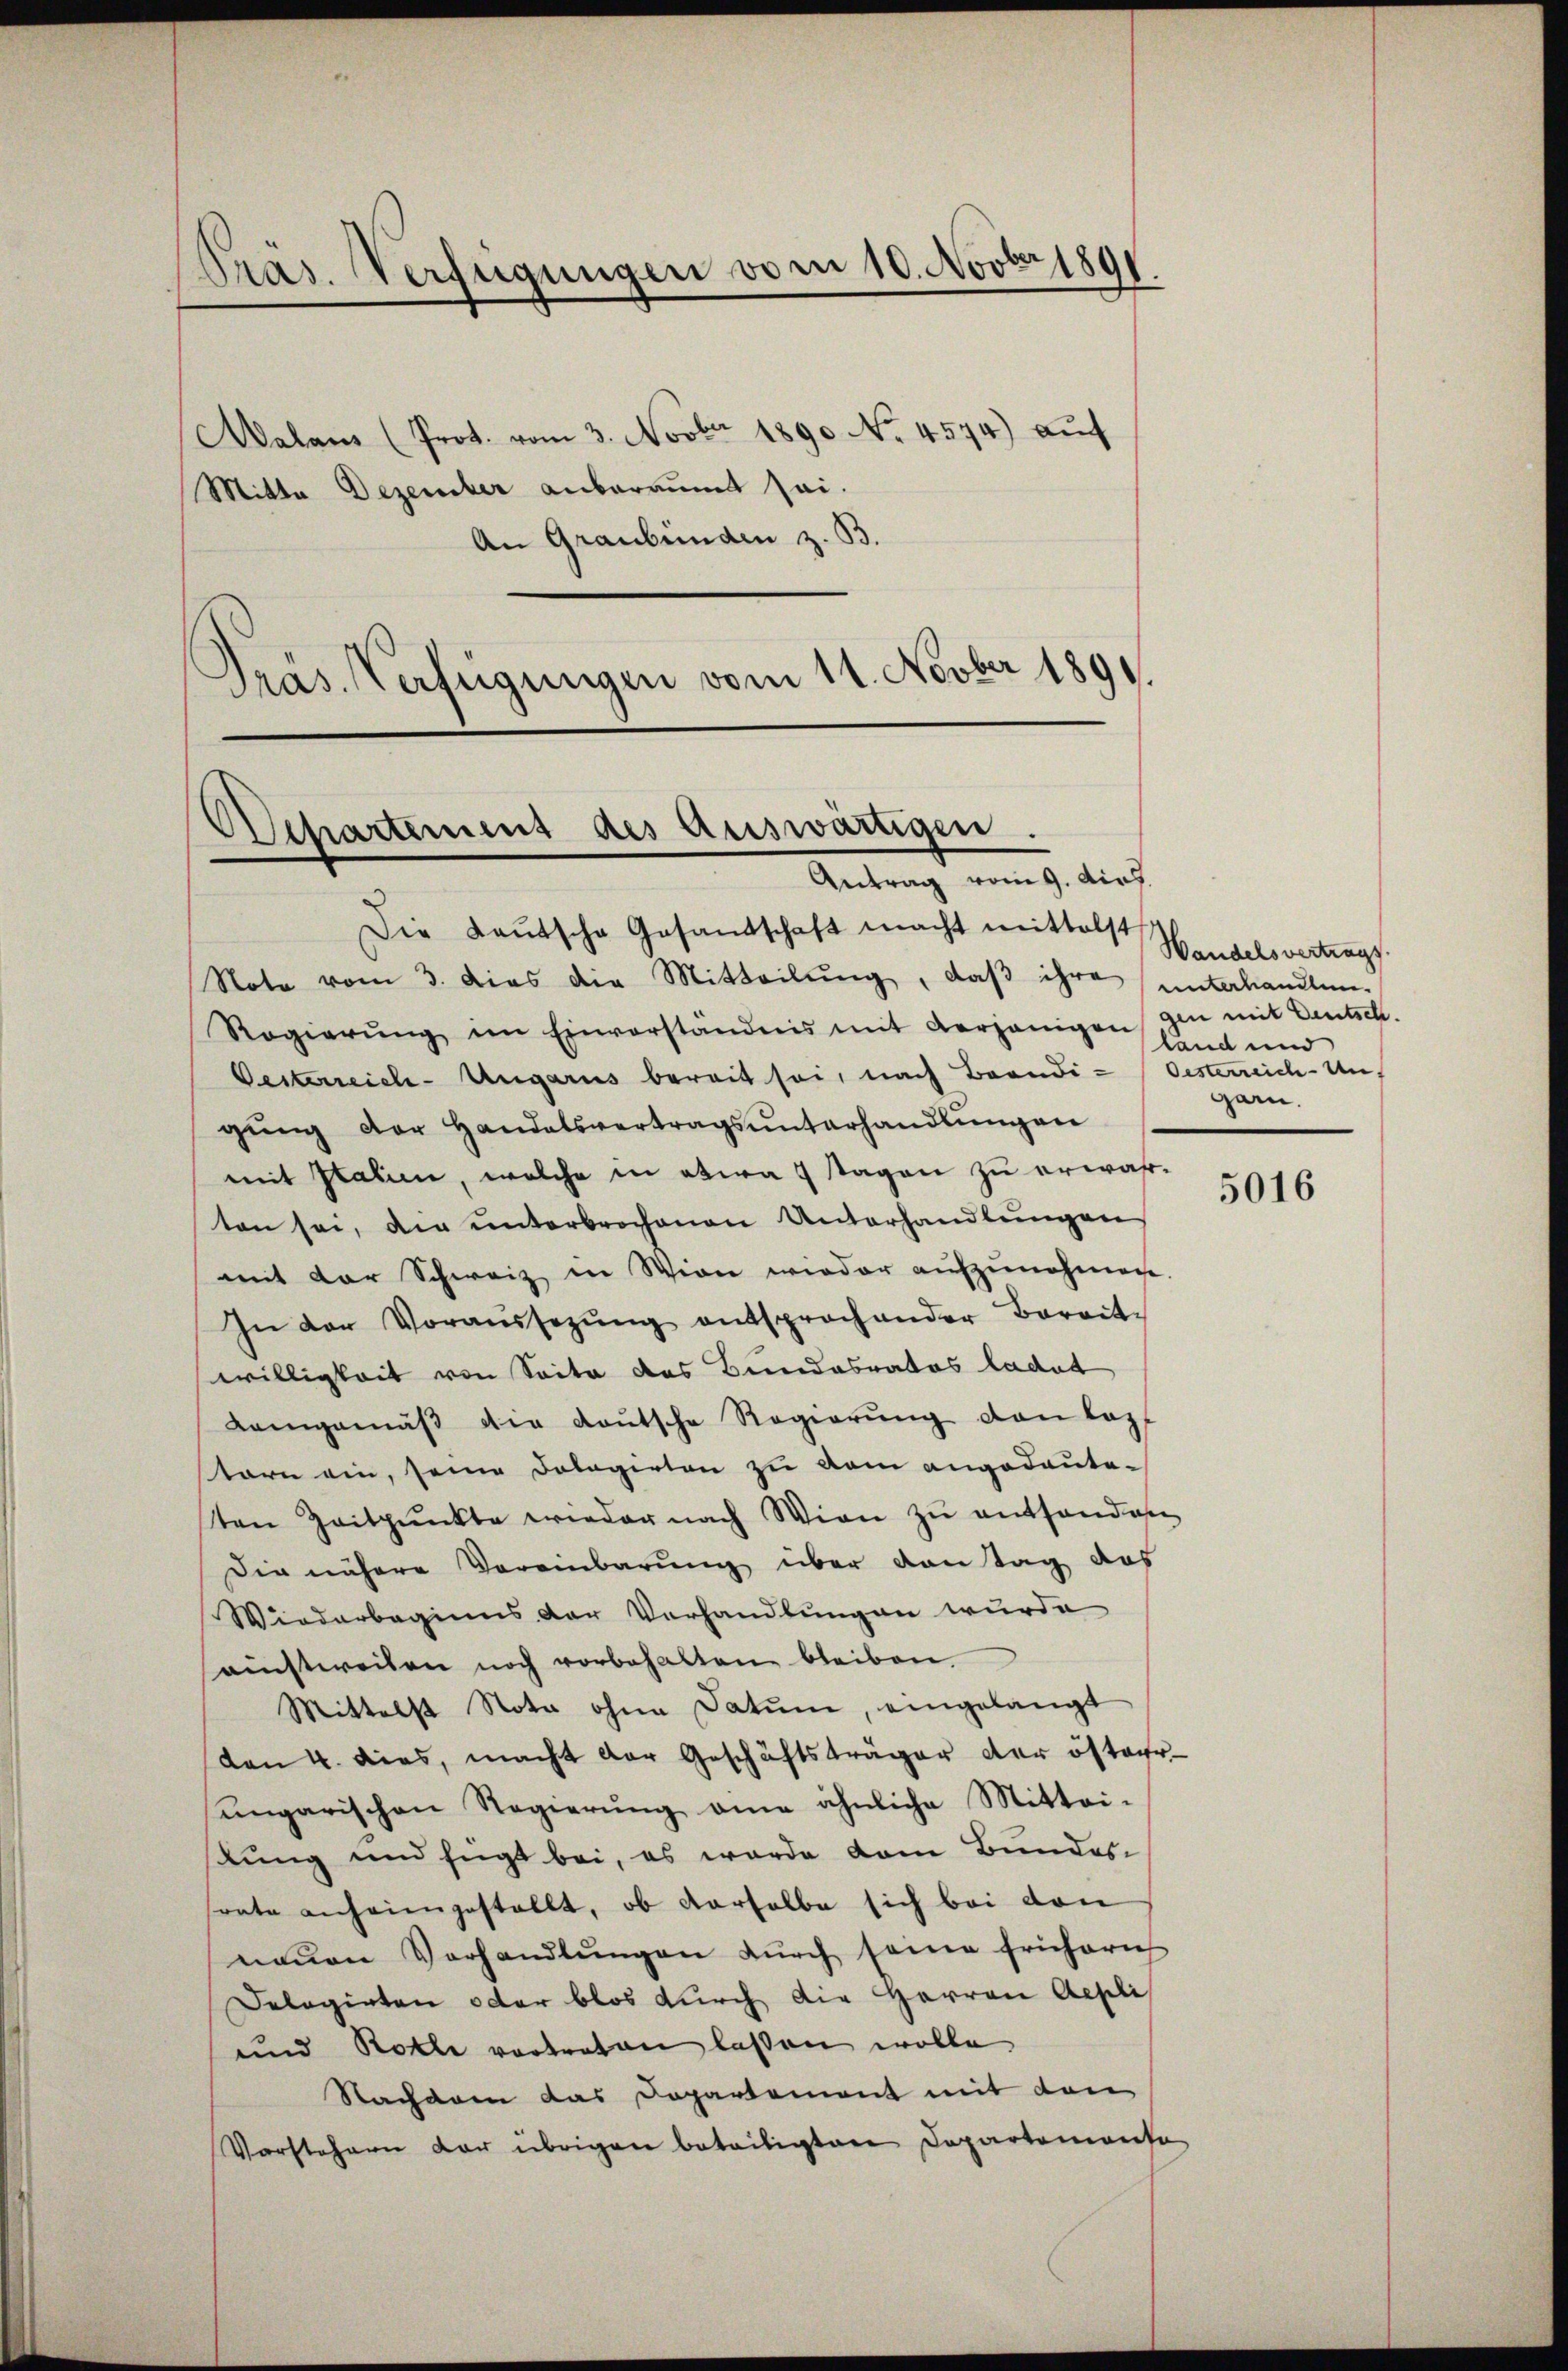
Präs. Verfügungen vom 10. Novbr 1891

Aalans (Prot. vom 3. Novber 1890 No. 4574) aŭf
Mitta Dezember anberaumt sei.
An Graubünden z. B.
Präs. Verfügungen vom 11. Novber 1891.

Departement des Auswärtigen.
Antrag vom 9. dies.

Die Kaŭtsche Gesandschaft macht mittelst
Note vom 3. dies die Mitteilŭng, daβ ihre unterhandlun¬
Regierŭng im Einverständnis mit derjenigen hand und
Gesterreich-Ungarus bereit sei, nach Beendigŭng der Handelsvertragsunterhandlungen
mit Italien, welche in etwa 9 tagen zu erwahrten sei, die ŭnterbrochenen Unterhandlŭngen
mit der Schweiz in Wien wieder aufzunehmen.
In der Voraŭssezŭng entsprochender Bereit-
willigkeit von Seite des Bundesrates ladet
Kamgemäβ die Loŭtsche Regierŭng von Kopf
stare ein, seine Dolagirten zu vom angedeuteten Zeitpunkte wieder nach Wien zŭ entfanden
Die nähere Vereinbarung über den Tag das
Wiederbeginns der Verhandlungen wurde
ainstweisen noch vorbehalten bleiben.
Mittelst Note ohne Datum, eingelangt
den 4. dies, macht der Geschäftsträger der öster-
ungarischen Regierung eine ähnliche Mittei-
kung und fügt bei, es wurde dem Bunder-
sonte anheimgestellt, ob derselbe sich bei den
neŭen Vorhandlŭngen dŭrch seine früherich
Delegirten oder blos durch die Herren Appli
und Rolle vortreten lassen wolle
Nacharen das Departement mit den
Vorstehern der übrigen betritigten Departemense

Wandelsvertrags
gen mit Deutsch.
Oesterreich-Ungarn.

5016